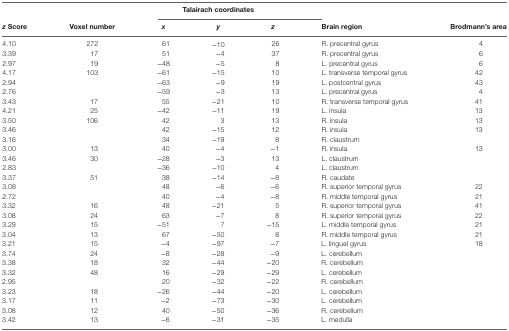
<table><thead><tr><td></td><td></td><td colspan="3"><b>Talairach coordinates</b></td><td></td><td></td></tr><tr><td><b><i>z</i> Score</b></td><td><b>Voxel number</b></td><td><b><i>x</i></b></td><td><b><i>y</i></b></td><td><b><i>z</i></b></td><td><b>Brain region</b></td><td><b>Brodmann’s area</b></td></tr></thead><tbody><tr><td>4.10</td><td>272</td><td>61</td><td>−10</td><td>26</td><td>R. precentral gyrus</td><td>4</td></tr><tr><td>3.39</td><td>17</td><td>51</td><td>−4</td><td>37</td><td>R. precentral gyrus</td><td>6</td></tr><tr><td>2.97</td><td>19</td><td>−48</td><td>−5</td><td>8</td><td>L. precentral gyrus</td><td>6</td></tr><tr><td>4.17</td><td>103</td><td>−61</td><td>−15</td><td>10</td><td>L. transverse temporal gyrus</td><td>42</td></tr><tr><td>2.94</td><td></td><td>−63</td><td>−9</td><td>19</td><td>L. postcentral gyrus</td><td>43</td></tr><tr><td>2.76</td><td></td><td>−59</td><td>−3</td><td>13</td><td>L. precentral gyrus</td><td>4</td></tr><tr><td>3.43</td><td>17</td><td>55</td><td>−21</td><td>10</td><td>R. transverse temporal gyrus</td><td>41</td></tr><tr><td>4.21</td><td>25</td><td>−42</td><td>−11</td><td>19</td><td>L. insula</td><td>13</td></tr><tr><td>3.50</td><td>106</td><td>42</td><td>3</td><td>13</td><td>R. insula</td><td>13</td></tr><tr><td>3.46</td><td></td><td>42</td><td>−15</td><td>12</td><td>R. insula</td><td>13</td></tr><tr><td>3.16</td><td></td><td>34</td><td>−19</td><td>8</td><td>R. claustrum</td><td></td></tr><tr><td>3.00</td><td>13</td><td>40</td><td>−4</td><td>−1</td><td>R. insula</td><td>13</td></tr><tr><td>3.46</td><td>30</td><td>−28</td><td>−3</td><td>13</td><td>L. claustrum</td><td></td></tr><tr><td>2.83</td><td></td><td>−36</td><td>−10</td><td>4</td><td>L. claustrum</td><td></td></tr><tr><td>3.37</td><td>51</td><td>38</td><td>−14</td><td>−8</td><td>R. caudate</td><td></td></tr><tr><td>3.08</td><td></td><td>48</td><td>−6</td><td>−6</td><td>R. superior temporal gyrus</td><td>22</td></tr><tr><td>2.72</td><td></td><td>40</td><td>−4</td><td>−8</td><td>R. middle temporal gyrus</td><td>21</td></tr><tr><td>3.32</td><td>16</td><td>48</td><td>−21</td><td>5</td><td>R. superior temporal gyrus</td><td>41</td></tr><tr><td>3.08</td><td>24</td><td>63</td><td>−7</td><td>8</td><td>R. superior temporal gyrus</td><td>22</td></tr><tr><td>3.29</td><td>15</td><td>−51</td><td>7</td><td>−15</td><td>L. middle temporal gyrus</td><td>21</td></tr><tr><td>3.04</td><td>13</td><td>67</td><td>−50</td><td>8</td><td>R. middle temporal gyrus</td><td>21</td></tr><tr><td>3.21</td><td>15</td><td>−4</td><td>−97</td><td>−7</td><td>L. lingual gyrus</td><td>18</td></tr><tr><td>3.74</td><td>24</td><td>−8</td><td>−28</td><td>−9</td><td>L. cerebellum</td><td></td></tr><tr><td>3.38</td><td>18</td><td>32</td><td>−44</td><td>−20</td><td>R. cerebellum</td><td></td></tr><tr><td>3.32</td><td>48</td><td>16</td><td>−29</td><td>−29</td><td>L. cerebellum</td><td></td></tr><tr><td>2.95</td><td></td><td>20</td><td>−32</td><td>−22</td><td>R. cerebellum</td><td></td></tr><tr><td>3.23</td><td>18</td><td>−26</td><td>−44</td><td>−20</td><td>L. cerebellum</td><td></td></tr><tr><td>3.17</td><td>11</td><td>−2</td><td>−73</td><td>−30</td><td>L. cerebellum</td><td></td></tr><tr><td>3.08</td><td>12</td><td>40</td><td>−50</td><td>−36</td><td>R. cerebellum</td><td></td></tr><tr><td>3.42</td><td>13</td><td>−6</td><td>−31</td><td>−35</td><td>L. medulla</td><td></td></tr></tbody></table>